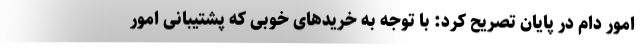
امور دام در پایان تصریح کرد: با توجه به خریدهای خوبی که پشتیبانی امور